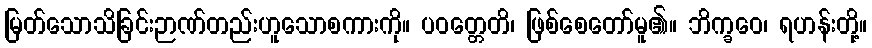
မြတ်သောသိခြင်းဉာဏ်တည်းဟူသောစကားကို။ ပဝတ္တေတိ၊ ဖြစ်စေတော်မူ၏။ ဘိက္ခဝေ၊ ရဟန်းတို့။